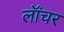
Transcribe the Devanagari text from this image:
लॉंचर